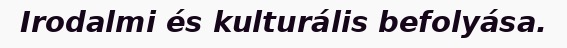
Irodalmi és kulturális befolyása.